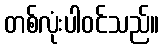
တစ်လုံးပါဝင်သည်။